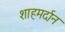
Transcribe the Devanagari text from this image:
शाहमर्दान